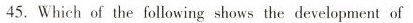
45.Which of the following shows the development of